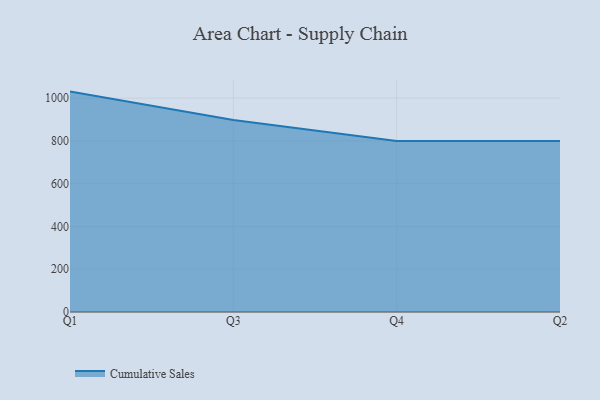
{"axis": {"x": "Quarter", "y": "Market Share (%)"}, "legend": ["Cumulative Sales"], "data": [{"x": "Q1", "y": 1030.6, "type": "Cumulative Sales"}, {"x": "Q3", "y": 897.7, "type": "Cumulative Sales"}, {"x": "Q4", "y": 800, "type": "Cumulative Sales"}, {"x": "Q2", "y": 800, "type": "Cumulative Sales"}]}